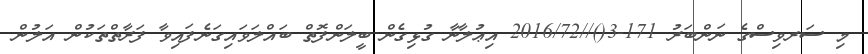
މި ސަރވިސްގެ ނަންބަރު 171-3()//2016/72 އިޢުލާނާ ގުޅިގެން ބީލަންފޮތް ބައްލަވައިގަނެފައިވާ ފަރާތްތަކުން އަލުން